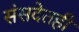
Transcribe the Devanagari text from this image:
संसदेतही